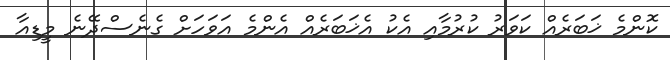
ކޮންމެ ޚަބަރެއް ކަވަރު ކުރުމާއި އެކު އެޚަބަރެއް އެންމެ އަވަހަށް ގެނެސްދޭނެ މީޑިއާ